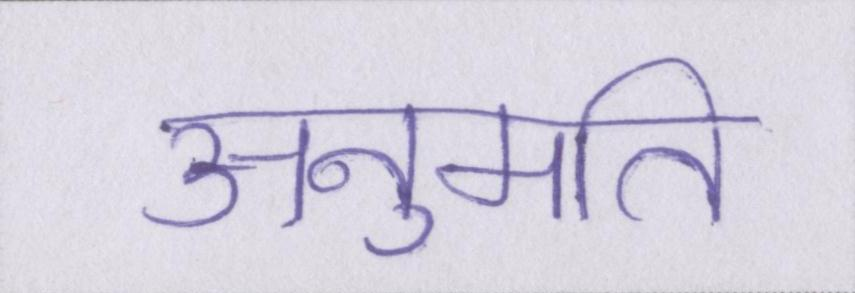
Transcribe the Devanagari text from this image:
अनुमति